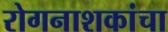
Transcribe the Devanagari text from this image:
रोगनाशकांचा